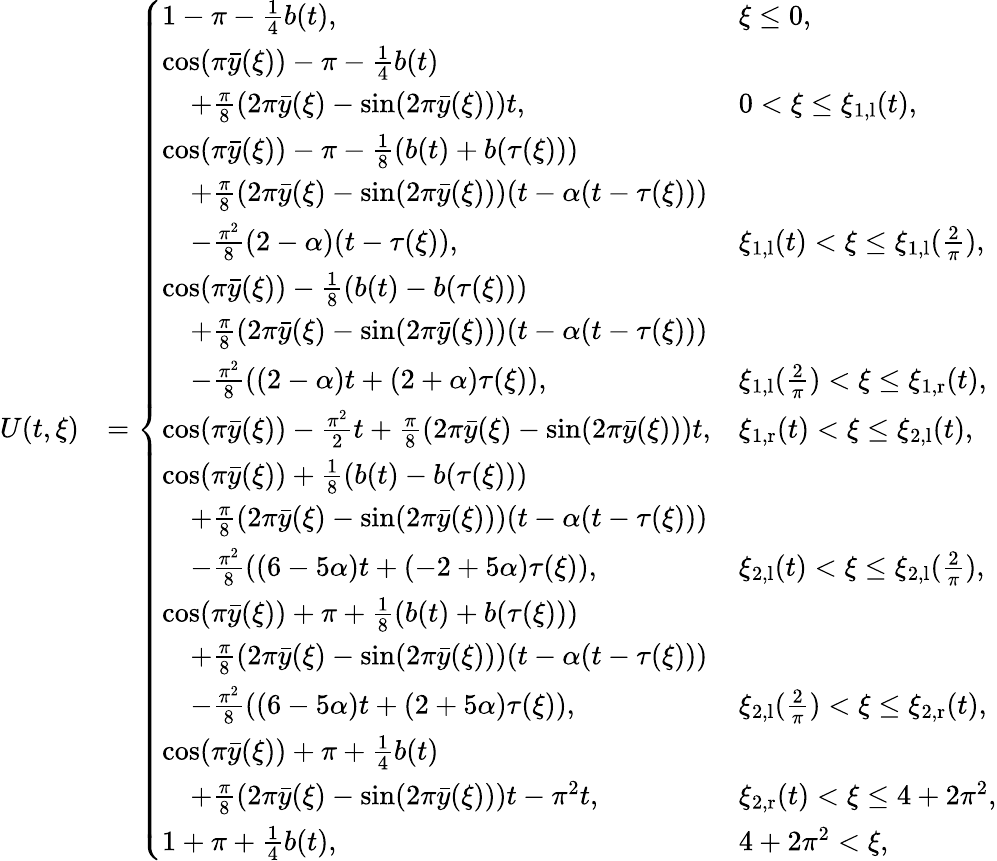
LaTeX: \begin{array}{rl}{U(t,\xi)}&{=\left\{ \begin{array}{ll}{1-\pi-\frac{1}{4}b(t),}&{\xi\leq 0,}\\ {\cos(\pi\bar{y}(\xi))-\pi-\frac{1}{4}b(t)}\\ {\quad+\frac{\pi}{8}(2\pi\bar{y}(\xi)-\sin(2\pi\bar{y}(\xi)))t,}&{0<\xi\leq\xi_{1,\textrm{l}}(t),}\\ {\cos(\pi\bar{y}(\xi))-\pi-\frac{1}{8}(b(t)+b(\tau(\xi)))}\\ {\quad+\frac{\pi}{8}(2\pi\bar{y}(\xi)-\sin(2\pi\bar{y}(\xi)))(t-\alpha(t-\tau(\xi)))}\\ {\quad-\frac{\pi^{2}}{8}(2-\alpha)(t-\tau(\xi)),}&{\xi_{1,\textrm{l}}(t)<\xi\leq\xi_{1,\textrm{l}}(\frac{2}{\pi}),}\\ {\cos(\pi\bar{y}(\xi))-\frac{1}{8}(b(t)-b(\tau(\xi)))}\\ {\quad+\frac{\pi}{8}(2\pi\bar{y}(\xi)-\sin(2\pi\bar{y}(\xi)))(t-\alpha(t-\tau(\xi)))}\\ {\quad-\frac{\pi^{2}}{8}((2-\alpha)t+(2+\alpha)\tau(\xi)),}&{\xi_{1,\textrm{l}}(\frac{2}{\pi})<\xi\leq\xi_{1,\textrm{r}}(t),}\\ {\cos(\pi\bar{y}(\xi))-\frac{\pi^{2}}{2}t+\frac{\pi}{8}(2\pi\bar{y}(\xi)-\sin(2\pi\bar{y}(\xi)))t,}&{\xi_{1,\textrm{r}}(t)<\xi\leq\xi_{2,\textrm{l}}(t),}\\ {\cos(\pi\bar{y}(\xi))+\frac{1}{8}(b(t)-b(\tau(\xi)))}\\ {\quad+\frac{\pi}{8}(2\pi\bar{y}(\xi)-\sin(2\pi\bar{y}(\xi)))(t-\alpha(t-\tau(\xi)))}\\ {\quad-\frac{\pi^{2}}{8}((6-5\alpha)t+(-2+5\alpha)\tau(\xi)),}&{\xi_{2,\textrm{l}}(t)<\xi\leq\xi_{2,\textrm{l}}(\frac{2}{\pi}),}\\ {\cos(\pi\bar{y}(\xi))+\pi+\frac{1}{8}(b(t)+b(\tau(\xi)))}\\ {\quad+\frac{\pi}{8}(2\pi\bar{y}(\xi)-\sin(2\pi\bar{y}(\xi)))(t-\alpha(t-\tau(\xi)))}\\ {\quad-\frac{\pi^{2}}{8}((6-5\alpha)t+(2+5\alpha)\tau(\xi)),}&{\xi_{2,\textrm{l}}(\frac{2}{\pi})<\xi\leq\xi_{2,\textrm{r}}(t),}\\ {\cos(\pi\bar{y}(\xi))+\pi+\frac{1}{4}b(t)}\\ {\quad+\frac{\pi}{8}(2\pi\bar{y}(\xi)-\sin(2\pi\bar{y}(\xi)))t-\pi^{2}t,}&{\xi_{2,\textrm{r}}(t)<\xi\leq 4+2\pi^{2},}\\ {1+\pi+\frac{1}{4}b(t),}&{4+2\pi^{2}<\xi,}\end{array}\right.}\end{array}